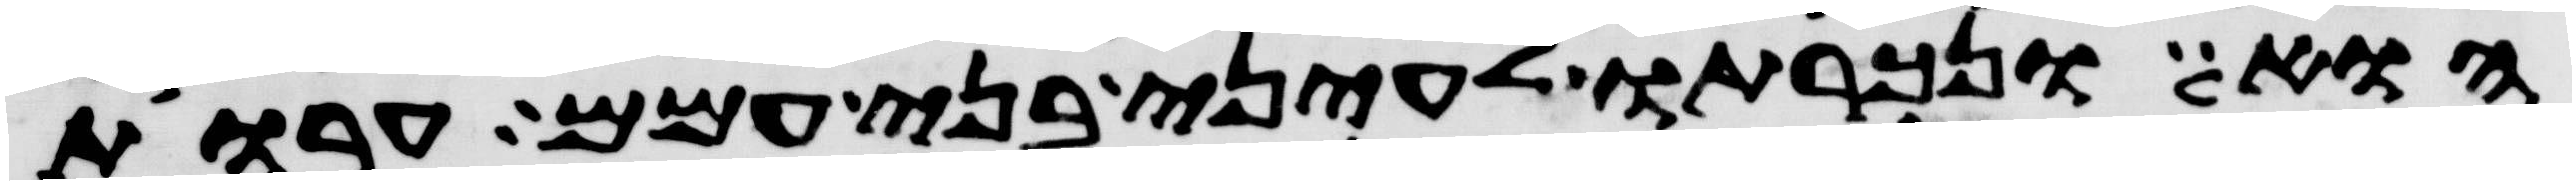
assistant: הוא ונכרתו לעיני בני עמם ערות